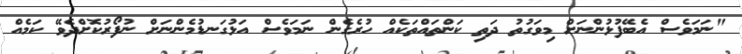
"ނަމަވެސް އެބޭފުޅުންނަށް މިވަގުތު ދަތި ކަންތައްތަކެއް ހުރެގެން ނަމަވެސް އަޅުގަނޑުމެންނަށް ނުފޯރުކޮށްދެވޭ ކަމެއް